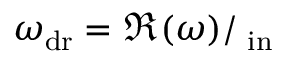
\omega _ { \mathrm { d r } } = \Re ( \omega ) / { \it \Omega _ { \mathrm { i n } } }